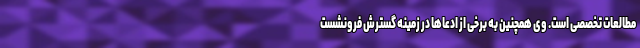
مطالعات تخصصی است. وی همچنین به برخی از ادعاها در زمینه گسترش فرونشست